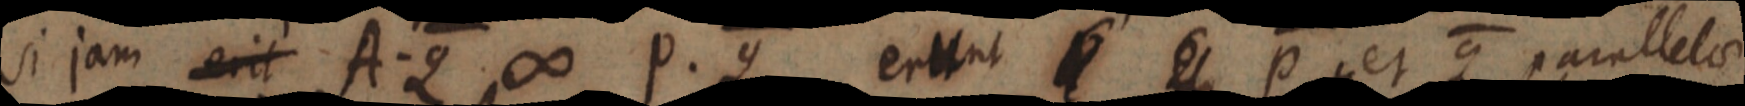
si jam erit A. Q ∞ P. Q. erunt _ et P et Q parallelos